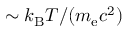
\sim k _ { \mathrm { B } } T / ( m _ { \mathrm { e } } c ^ { 2 } )